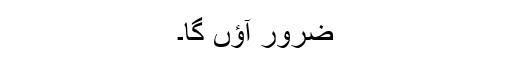
ضرور آؤں گا۔